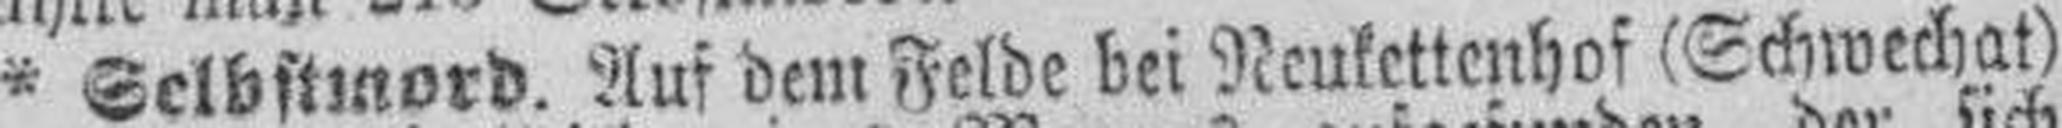
* Selbstmord. Auf dem Felde bei Neukettenhof (Schwechat)